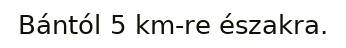
Bántól 5 km-re északra.